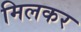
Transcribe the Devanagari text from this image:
मिलकर